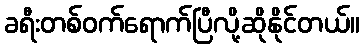
ခရီးတစ်ဝက်ရောက်ပြီလို့ဆိုနိုင်တယ်။